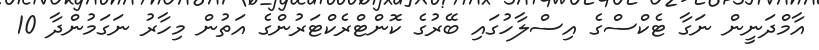
އާމްދަނީން ނަގާ ޓެކްސްގެ އިސްލާހުގައި ބޭރުގެ ކޮންޓްރެކްޓަރުންގެ އަތުން މިހާރު ނަގަމުންދާ 10